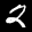
Label: 2